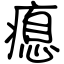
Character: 瘜